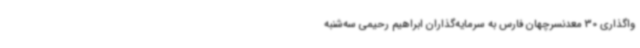
واگذاری 30 معدنسرچهان فارس به سرمایه‌گذاران ابراهیم رحیمی سه‌شنبه